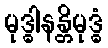
မုဒ္ဓါနန္တိမုဒ္ဓံ